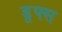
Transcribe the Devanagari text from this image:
डूफ्स